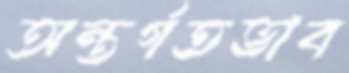
অন্তর্গতভাব